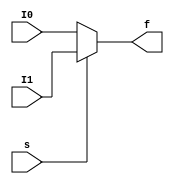
module MUX2to1_32bit(
    input [31:0] I0,
    input [31:0] I1,
    input s,
    output [31:0] f
    );
    
    assign f = (s == 0) ? I0 : I1;
    
endmodule